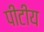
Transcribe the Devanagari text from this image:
पीटीय